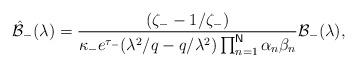
LaTeX: \begin{align*}\mathcal{\hat{B}}_{-}(\lambda )=\frac{(\zeta _{-}-1/\zeta _{-})}{\kappa_{-}e^{\tau _{-}}(\lambda ^{2}/q-q/\lambda ^{2})\prod_{n=1}^{\mathsf{N}}\alpha _{n}\beta _{n}}\mathcal{B}_{-}(\lambda ),\end{align*}